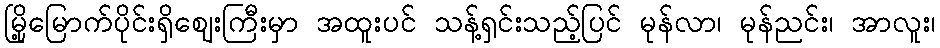
မြို့မြောက်ပိုင်းရှိဈေးကြီးမှာ အထူးပင် သန့်ရှင်းသည့်ပြင် မုန်လာ၊ မုန်ညင်း၊ အာလူး၊